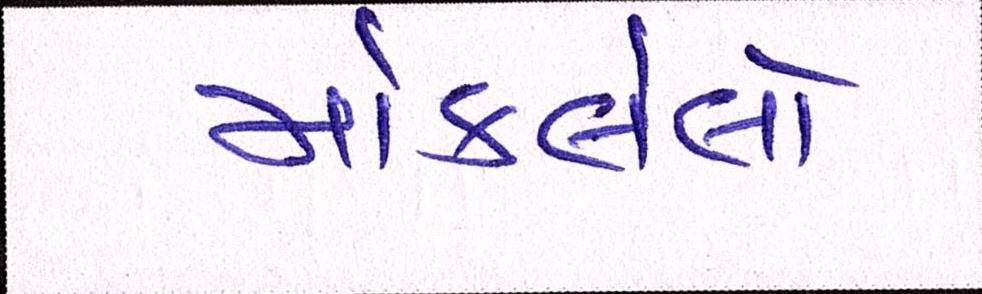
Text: મોકલેલો